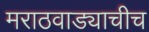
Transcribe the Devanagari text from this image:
मराठवाड्याचीच